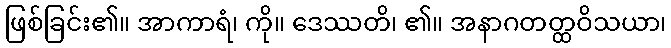
ဖြစ်ခြင်း၏။ အာကာရံ၊ ကို။ ဒေဿတိ၊ ၏။ အနာဂတတ္ထဝိသယာ၊